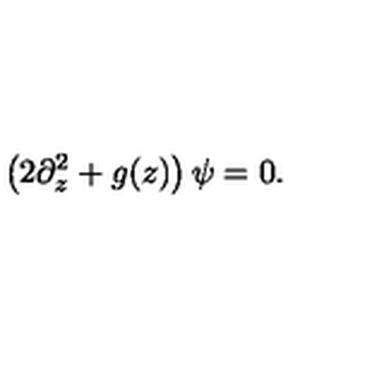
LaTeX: \left( 2 \partial _ { z } ^ { 2 } + g ( z ) \right) \psi = 0 .